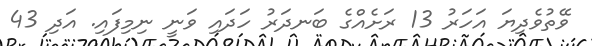
ވޭތުވެދިޔަ އަހަރު 13 ރަށެއްގެ ބަނދަރު ހަދައި ވަނީ ނިމިފައި. އަދި 43